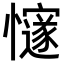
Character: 𢤪